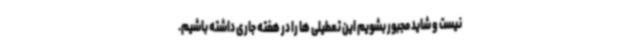
نیست و شاید مجبور بشویم این تعطیلی ها را در هفته جاری داشته باشیم.